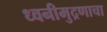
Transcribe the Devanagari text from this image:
ध्वनीमुद्रणाचा